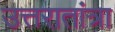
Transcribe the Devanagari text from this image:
उत्तरातांत्रा